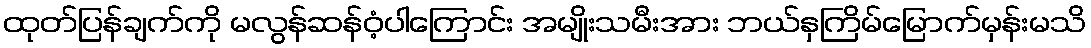
ထုတ်ပြန်ချက်ကို မလွန်ဆန်ဝံ့ပါကြောင်း အမျိုးသမီးအား ဘယ်နှကြိမ်မြောက်မှန်းမသိ